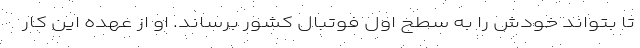
تا بتواند خودش را به سطح اول فوتبال کشور برساند. او از عهده این کار